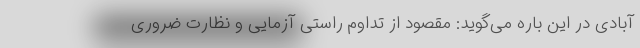
آبادی در این باره می‌گوید: مقصود از تداوم راستی آزمایی و نظارت ضروری